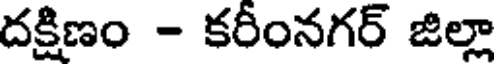
దక్షిణం - కరీంనగర్ జిల్లా